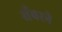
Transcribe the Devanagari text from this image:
सँवरने